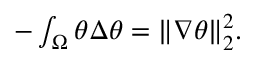
\begin{array} { r } { - \int _ { \Omega } \theta \Delta \theta = \| \nabla \theta \| _ { 2 } ^ { 2 } . } \end{array}